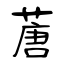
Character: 蓎